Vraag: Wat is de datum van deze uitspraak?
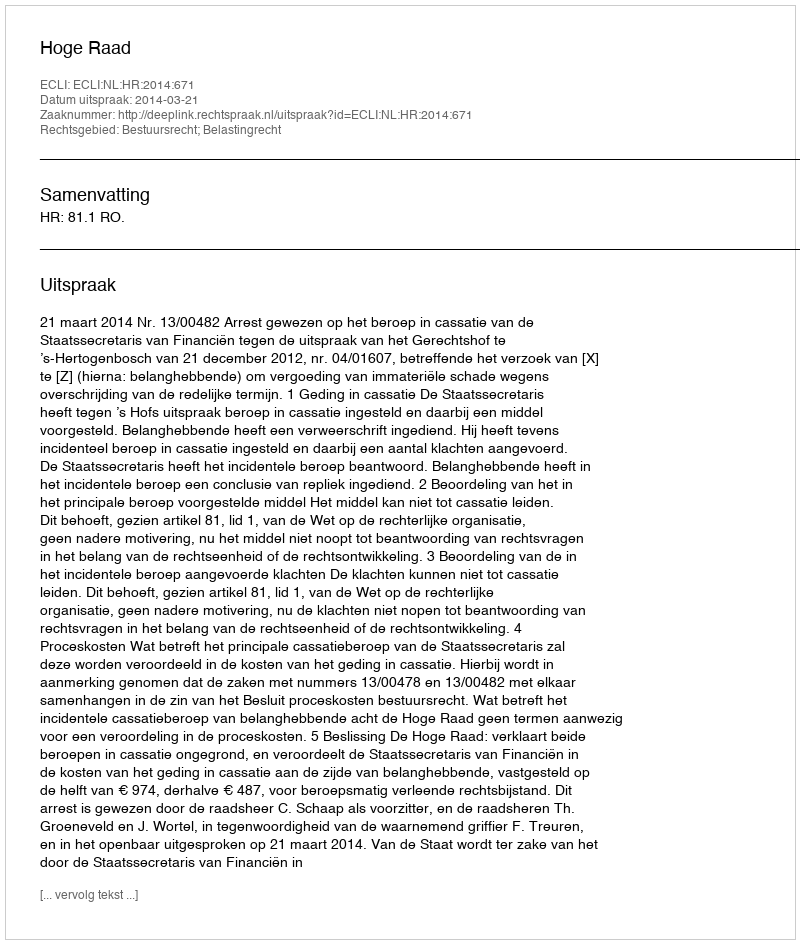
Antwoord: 2014-03-21